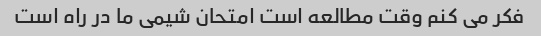
فکر می کنم وقت مطالعه است امتحان شیمی ما در راه است